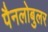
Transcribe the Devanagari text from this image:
पैनलोबुलर